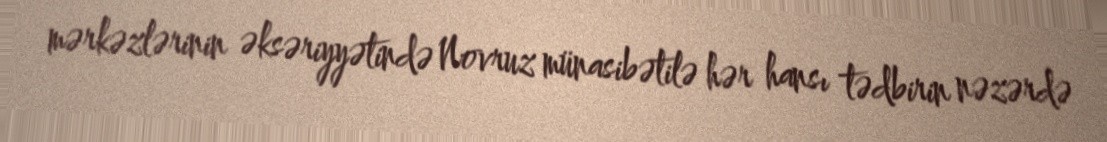
mərkəzlərinin əksəriyyətində Novruz münasibətilə hər hansı tədbirin nəzərdə